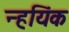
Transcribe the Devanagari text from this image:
न्हयिंक